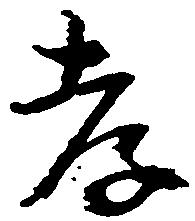
孝